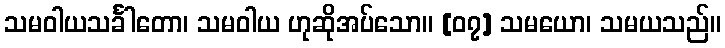
သမဝါယသင်္ခါတော၊ သမဝါယ ဟုဆိုအပ်သော။ [၀၇] သမယော၊ သမယသည်။